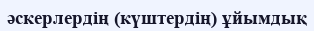
әскерлердің (күштердің) ұйымдық